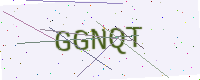
Text: GGNQT